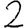
Digit: 2